Document type: Sale
Year: 1355
Scribe: Pere Borrell
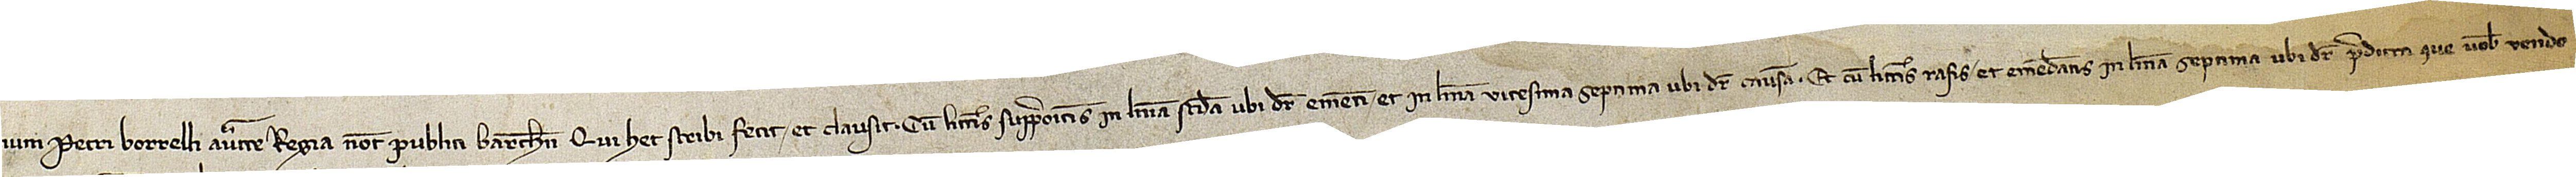
num mei Petri Borrelli, auctoritate regia notarii publici Barchinone, qui hec scribi fecit et clausit cum litteris suprapositis in linea secunda, ubi dicitur “ementi”, et in linea vicesima septima, ubi dicitur “causam”, et cum litteris rasis et emendatis in linea septima, ubi dicitur “predicta que vobis vendo